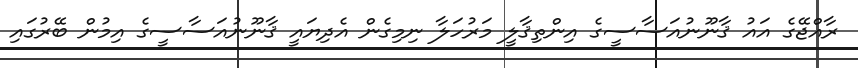
ރާއްޖޭގެ އައު ޤާނޫނުއަސާސީގެ އިންތިޤާލީ މަރުހަލާ ނިމިގެން އެދިޔައީ ޤާނޫނުއަސާސީގެ އިމުން ބޭރުގައި